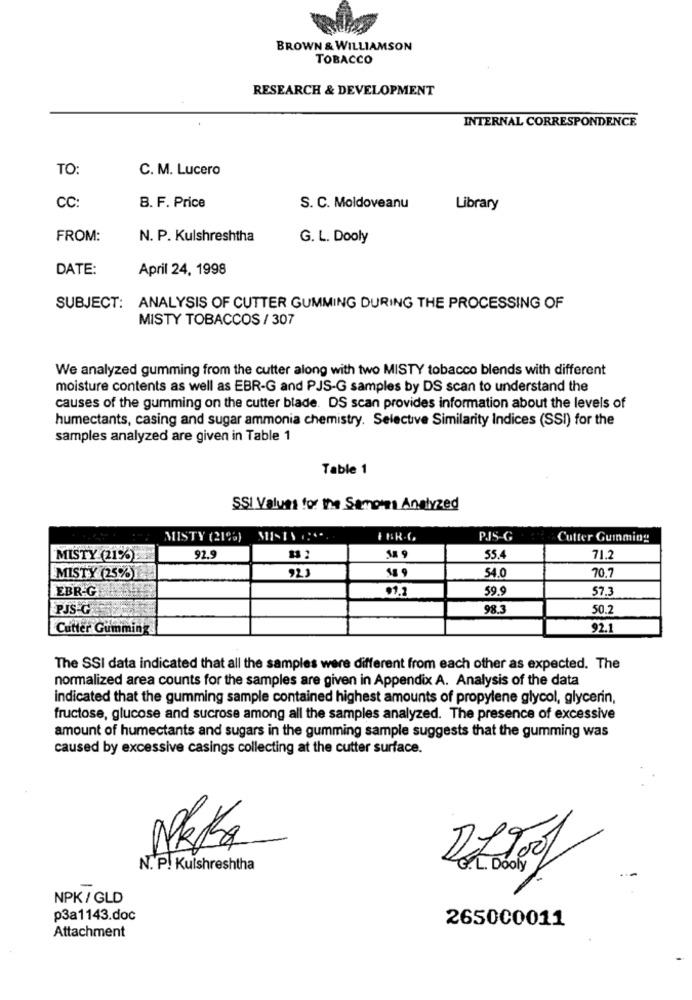
BROWN & WILLIAMSON
TOBACCO
RESEARCH & DEVELOPMENT
INTERNAL CORRESPONDENCE
TO:
C. M. Lucero
CC:
B. F. Price
S. C. Moldoveanu
Library
FROM:
N. P. Kulshreshtha
G. L. Dooly
DATE:
April 24, 1998
SUBJECT: ANALYSIS OF CUTTER GUMMING DURING THE PROCESSING OF
MISTY TOBACCOS / 307
We analyzed gumming from the cutter along with two MISTY tobacco blends with different
moisture contents as well as EBR-G and PJS-G samples by DS scan to understand the
causes of the gumming on the cutter blade. DS scan provides information about the levels of
humectants, casing and sugar ammonia chemistry. Selective Similarity Indices (SSI) for the
samples analyzed are given in Table 1
Table 1
SSI Values for The Sameinn Analyzed
MISTY (21%)
P.IS-G
Cutter Guinming
18 9
MISTY (21%)
92.
55.4
71.2
MISTY (25%)
92.
18 9
70.
54.0
EBR-G
99.2
59.9
57.1
PJS G
98.3
50.2
Cutter Gumming
92.1
The SSI data indicated that all the samples were different from each other as expected. The
normalized area counts for the samples are given in Appendix A. Analysis of the data
indicated that the gumming sample contained highest amounts of propylene glycol, glycerin,
fructose, glucose and sucrose among all the samples analyzed. The presence of excessive
amount of humectants and sugars in the gumming sample suggests that the gumming was
caused by excessive casings collecting at the cutter surface.
Pkka
N. P. Kulshreshtha
. L. Dooly
=
NPK / GLD
p3a1143.doc
265000011
Attachment